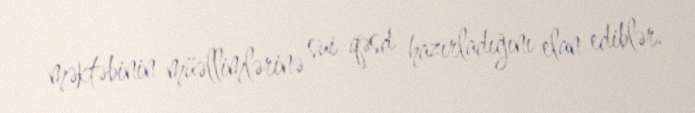
məktəbinin müəllimlərinə sui-qəsd hazırladığını elan ediblər.